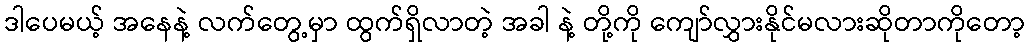
ဒါပေမယ့် အနေနဲ့ လက်တွေ့မှာ ထွက်ရှိလာတဲ့ အခါ နဲ့ တို့ကို ကျော်လွှားနိုင်မလားဆိုတာကိုတော့